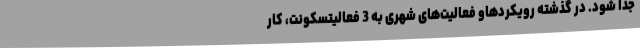
جدا شود. در گذشته رویکردهاو فعالیت‌های شهری به 3 فعالیتسکونت، کار